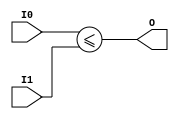
module coreir_sle8_wrapped (
    input [7:0] I0,
    input [7:0] I1,
    output O
);
assign O = ($signed(I0)) <= ($signed(I1));
endmodule